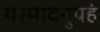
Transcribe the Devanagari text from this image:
यस्मादनुग्रहं